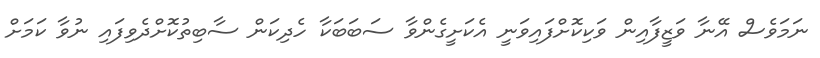
ނަމަވެސް އޭނާ ވަޒީފާއިން ވަކިކޮށްފައިވަނީ އެކަށީގެންވާ ސަބަބަކާ ހެދިކަން ސާބިތުކޮށްދެވިފައި ނުވާ ކަމަށް